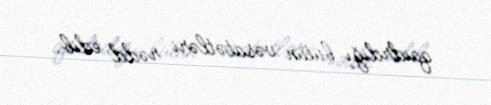
qaıdrdığı bütün vəsatətləri rədd edib.